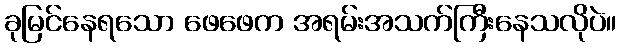
ခုမြင်နေရသော ဖေဖေက အရမ်းအသက်ကြီးနေသလိုပဲ။